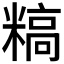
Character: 𬖰